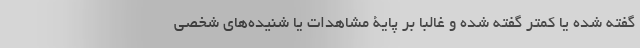
گفته شده یا کمتر گفته شده و غالبا بر پایۀ مشاهدات یا شنیده‌های شخصی